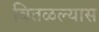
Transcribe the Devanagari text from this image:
वितळल्यास